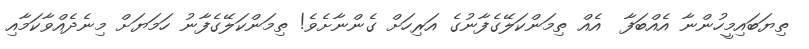
ތިޔަބައިމީހުންނާ އެއްބަފާ  އެއް ތިމަންކަލޭގެފާނުގެ އަރިހަށް ގެންނާށެވެ! ތިމަންކަލޭގެފާނު ހަމަޔަށް މިނެދެއްވާކަމާއި